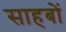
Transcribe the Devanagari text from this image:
साहबों